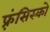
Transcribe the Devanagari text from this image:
फ़्रंसिस्को